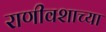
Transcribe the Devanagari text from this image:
राणीवशाच्या